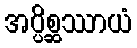
အပ္ပိစ္ဆဿာယံ